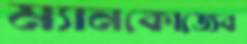
ম্যানকোজেব